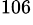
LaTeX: ^\mathrm{106}